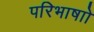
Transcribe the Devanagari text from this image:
परिभाषाो